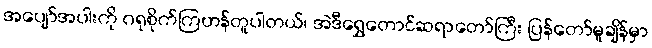
အပျော်အပါးကို ဂရုစိုက်ကြဟန်တူပါတယ်၊ အဲဒီရွှေတောင်ဆရာတော်ကြီး ပြန်တော်မူချိန်မှာ